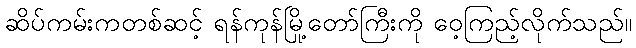
ဆိပ်ကမ်းကတစ်ဆင့် ရန်ကုန်မြို့တော်ကြီးကို ဝေ့ကြည့်လိုက်သည်။